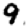
Digit: 9